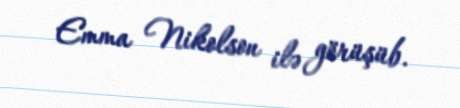
Emma Nikolson ilə görüşüb.